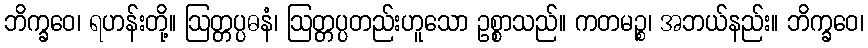
ဘိက္ခဝေ၊ ရဟန်းတို့။ ဩတ္တပ္ပဓနံ၊ ဩတ္တပ္ပတည်းဟူသော ဥစ္စာသည်။ ကတမဉ္စ၊ အဘယ်နည်း။ ဘိက္ခဝေ၊